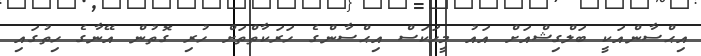
އިޙްސާންއަކީ ބަލްގިޝްއަށް އައު މީހަކަސް އިޙްސާންގެ ހަރަކާތްތަށް ހުރި ގޮތުން އޭނާގެ ހިތުގައި